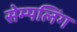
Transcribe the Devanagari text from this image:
सेम्पलिंग